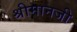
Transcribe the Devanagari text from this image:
श्रीमानजी